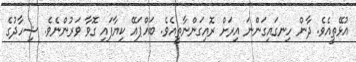
އުޅޭތީއެވެ. ދާން ހިނގައިގަންނަ އިރަށް ރޮއިގަންނާތީއެވެ. ބައްޕައޭ ކިޔާފައި ގޮވާ ވަރުންނެވެ. ޝިހާދުގެ